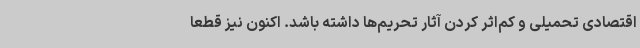
اقتصادی تحمیلی و کم‌اثر کردن آثار تحریم‌ها داشته باشد. اکنون نیز قطعا